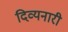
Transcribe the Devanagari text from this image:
दिव्यनारी